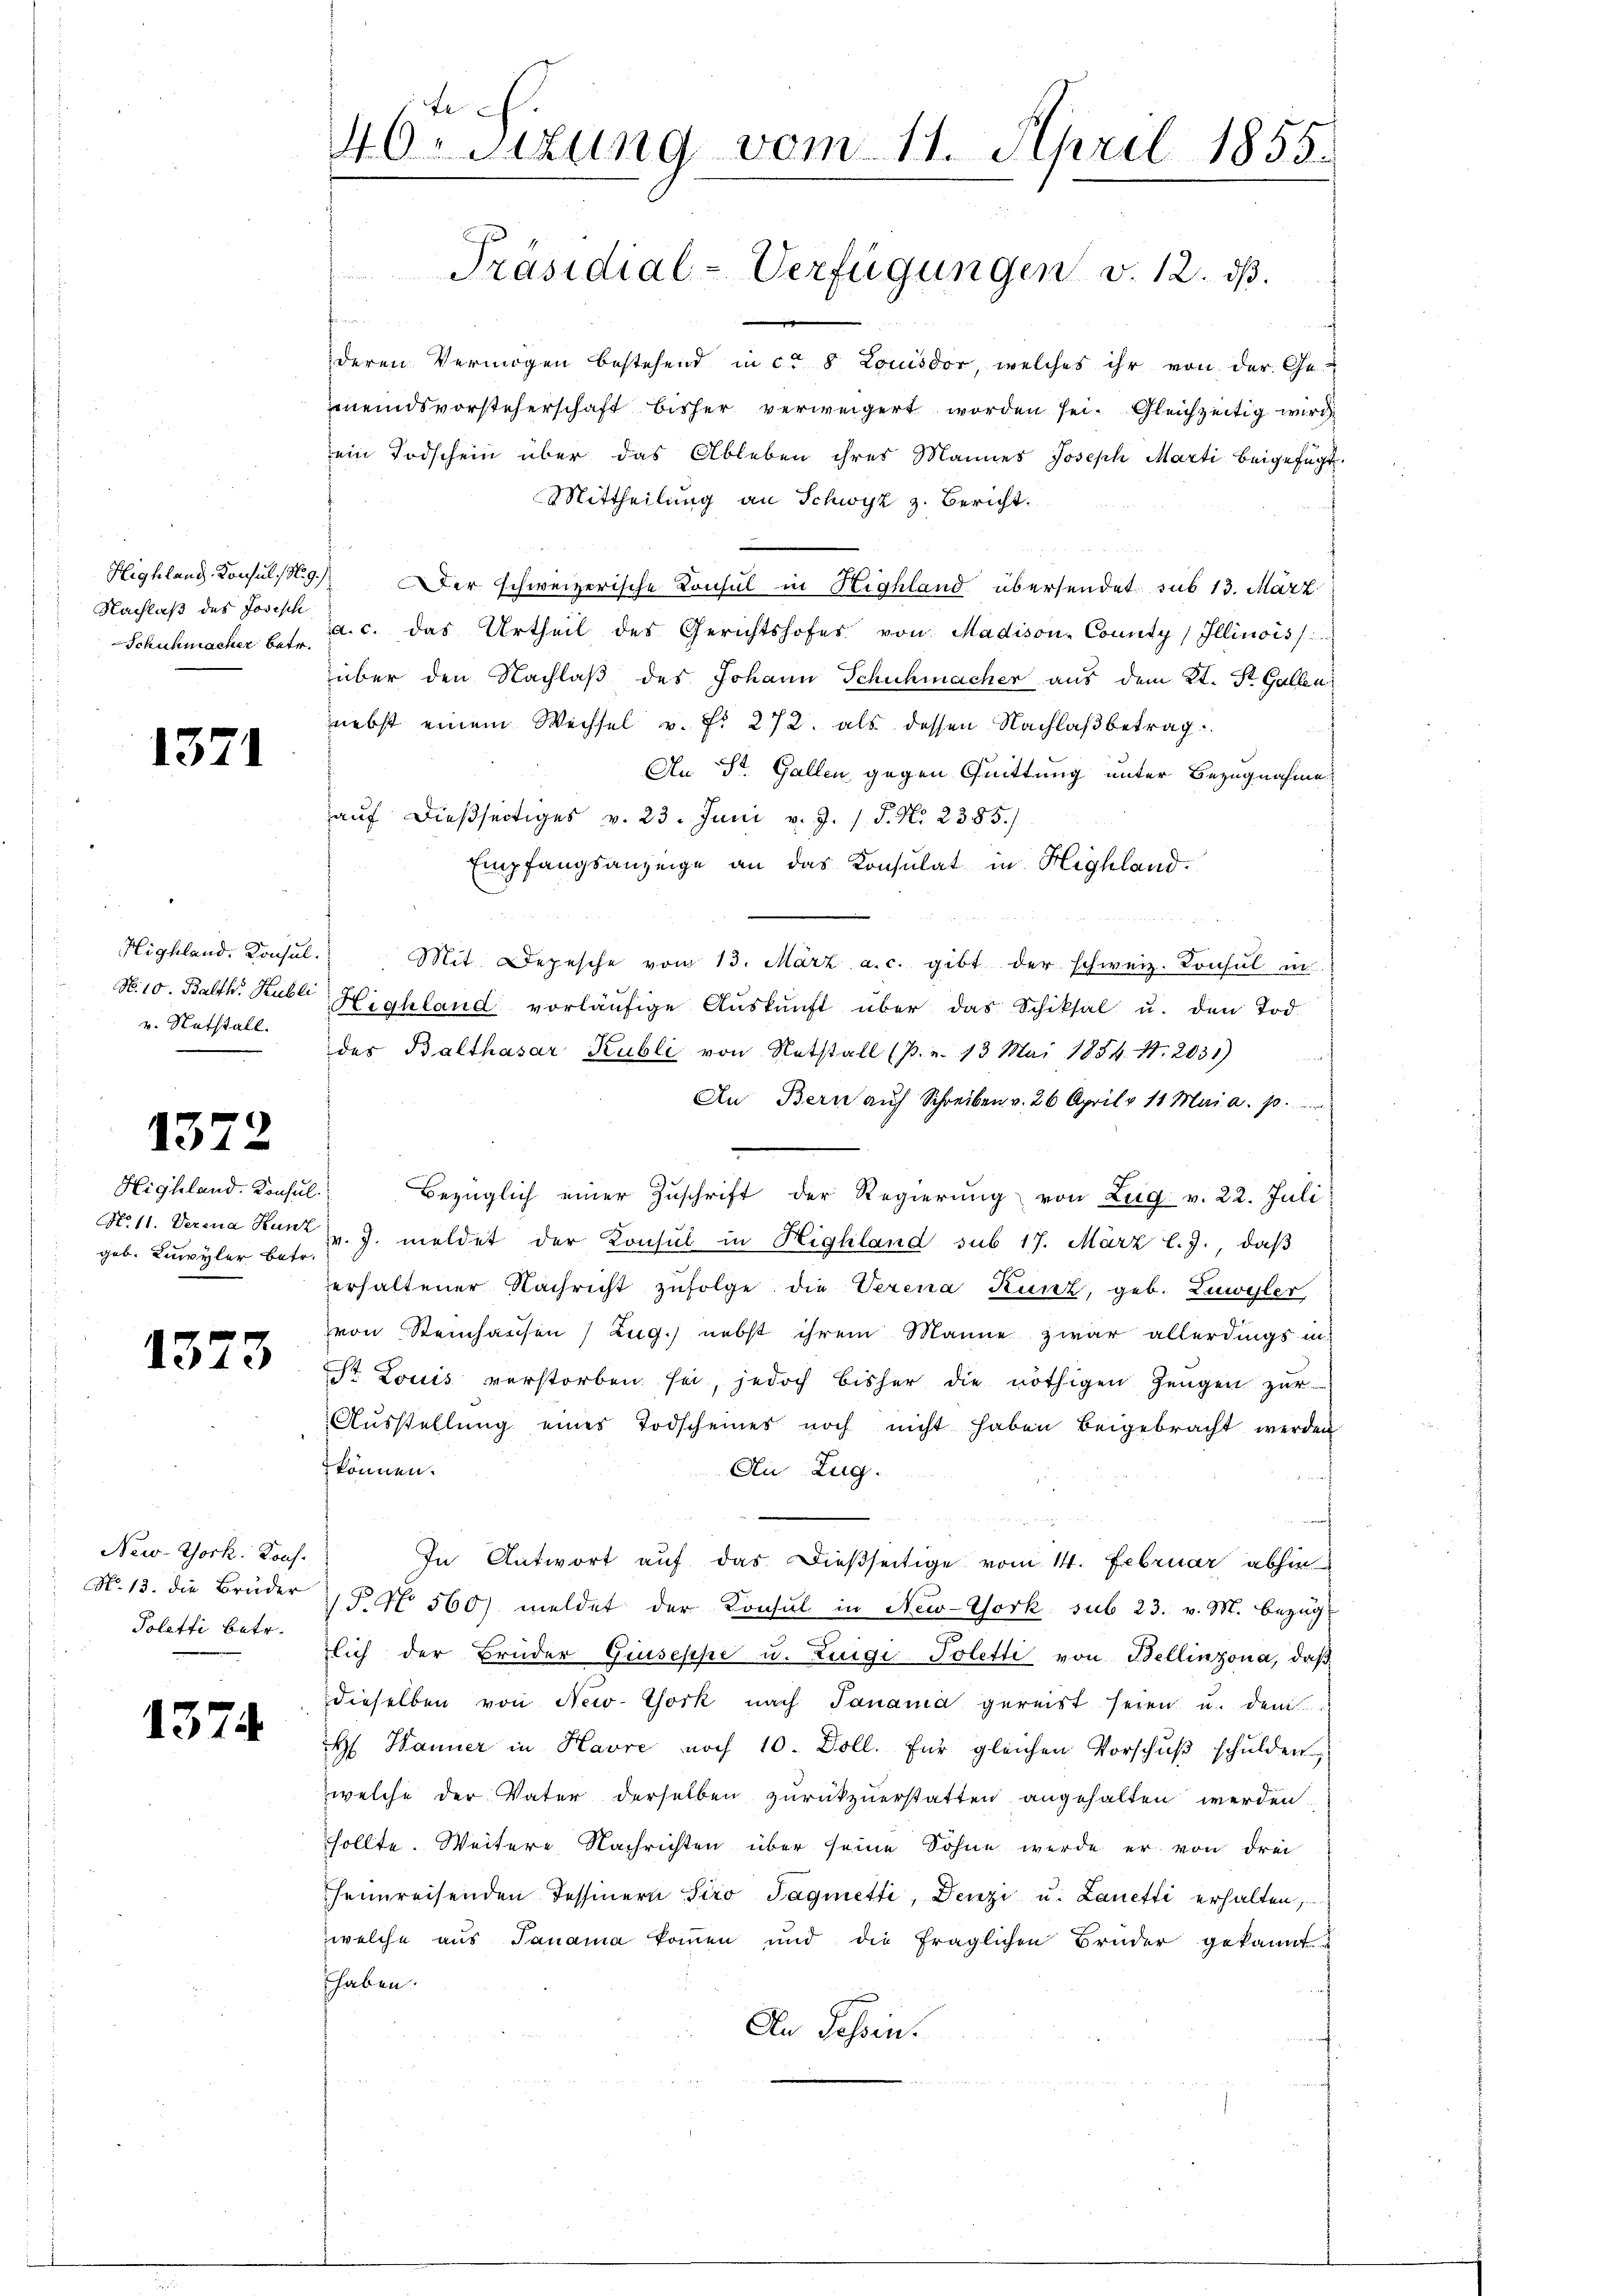
Nachlaß des Josisch
Schuhmacher betr.

1371

N. 10. Balth. Hubli
v. Ratstall.
e

1372

Highland. Konsul
No. 11. Verena Kunz
geb. Luwyler betr.

1373

New-York, Kons.
No. 13. die Brüder
Poletti betr.

1374

te
46. Sizung vom 11. April 1855.
Präsidial-Verfügungen v. 12. dβ.

tan
deren Vermögen bestehend in ca 8 Louisdor, welches ihr von der Ge-
meindsvorsteherschaft bisher verweigert worden sei. Gleichzeitig wird
ein Todschein über das Ableben ihres Mannes Joseph Marti beigefügt.
Mittheilung an Schwyz z. Bericht.
Highland Konsuls 9. Der schweizerische Konsul in Highland übersendet sub 13. März
a. c. das Urtheil des Gerichtshofes von Madison-County Illinois
über den Nachlaß des Johann Schuhmacher aus dem Kt. St. Gallen
nebst einem Wechsel v. Fr. 272. als dessen Nachlaßbetrag.
An St. Gallen gegen Quittung unter Bezugnahme
auf dießseitiges v. 23. Juni v. J. 1 S. No. 2385./
Empfangsanzeige an das Konsulat in Highland.
Highland. Konsŭl. Mit Depesche vom 13. März a. c. gibt der schweiz. Konsul in
Highland vorläŭfige Aŭskŭnft über das Schiksal u. den Tod.
des Balthasar Kubli von Ratstall (p. v. 13 Mai 1854. 14. 2031)
An Bern aŭf Schreiben v. 26. April v. 11 Mai a. p.
Bezüglich einer Zuschrift der Regierung von Zug v. 22. Juli
v. J. meldet der Konsul in Highland sub 17. März l.J., daß
erhaltener Nachricht zufolge die Verena Kunz, geb. Zugler
von Steinhausen / Zug.) nebst ihrem Manne zwar allerdings in
St. Louis verstorben sei, jedoch bisher die nöthigen Zeugen zŭr
Ausstellung eines Todscheines noch nicht haben beigebracht werden
können.
Ai Zug.
In Antwort auf das dießseitige vom 14. Februar abhin
P. No. 560) meldet der Konsul in New-York, sub 23. v. M. Bezug
lich der Bruder Giuseppe u. Rigi- Polette von Bellinzona, daß
dieselben von New-York nach Janama gereist seien u. dem
 Hanner in Havre noch 10. Doll. für gleichen Vorschŭβ schulden,
welche der Vater derselben zurückzuerstatten angehalten werden.
sollte. Weitere Nachrichten über seine Söhne werde er von drei
heimreisenden Tessinern Siro Tagmetti, Denzi u. Lanetti erhalten,
welche aus Janama kommen und die fraglichen Bruder gekannt
haben.
An Tessin.